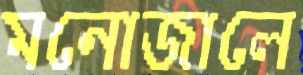
মনোজালে